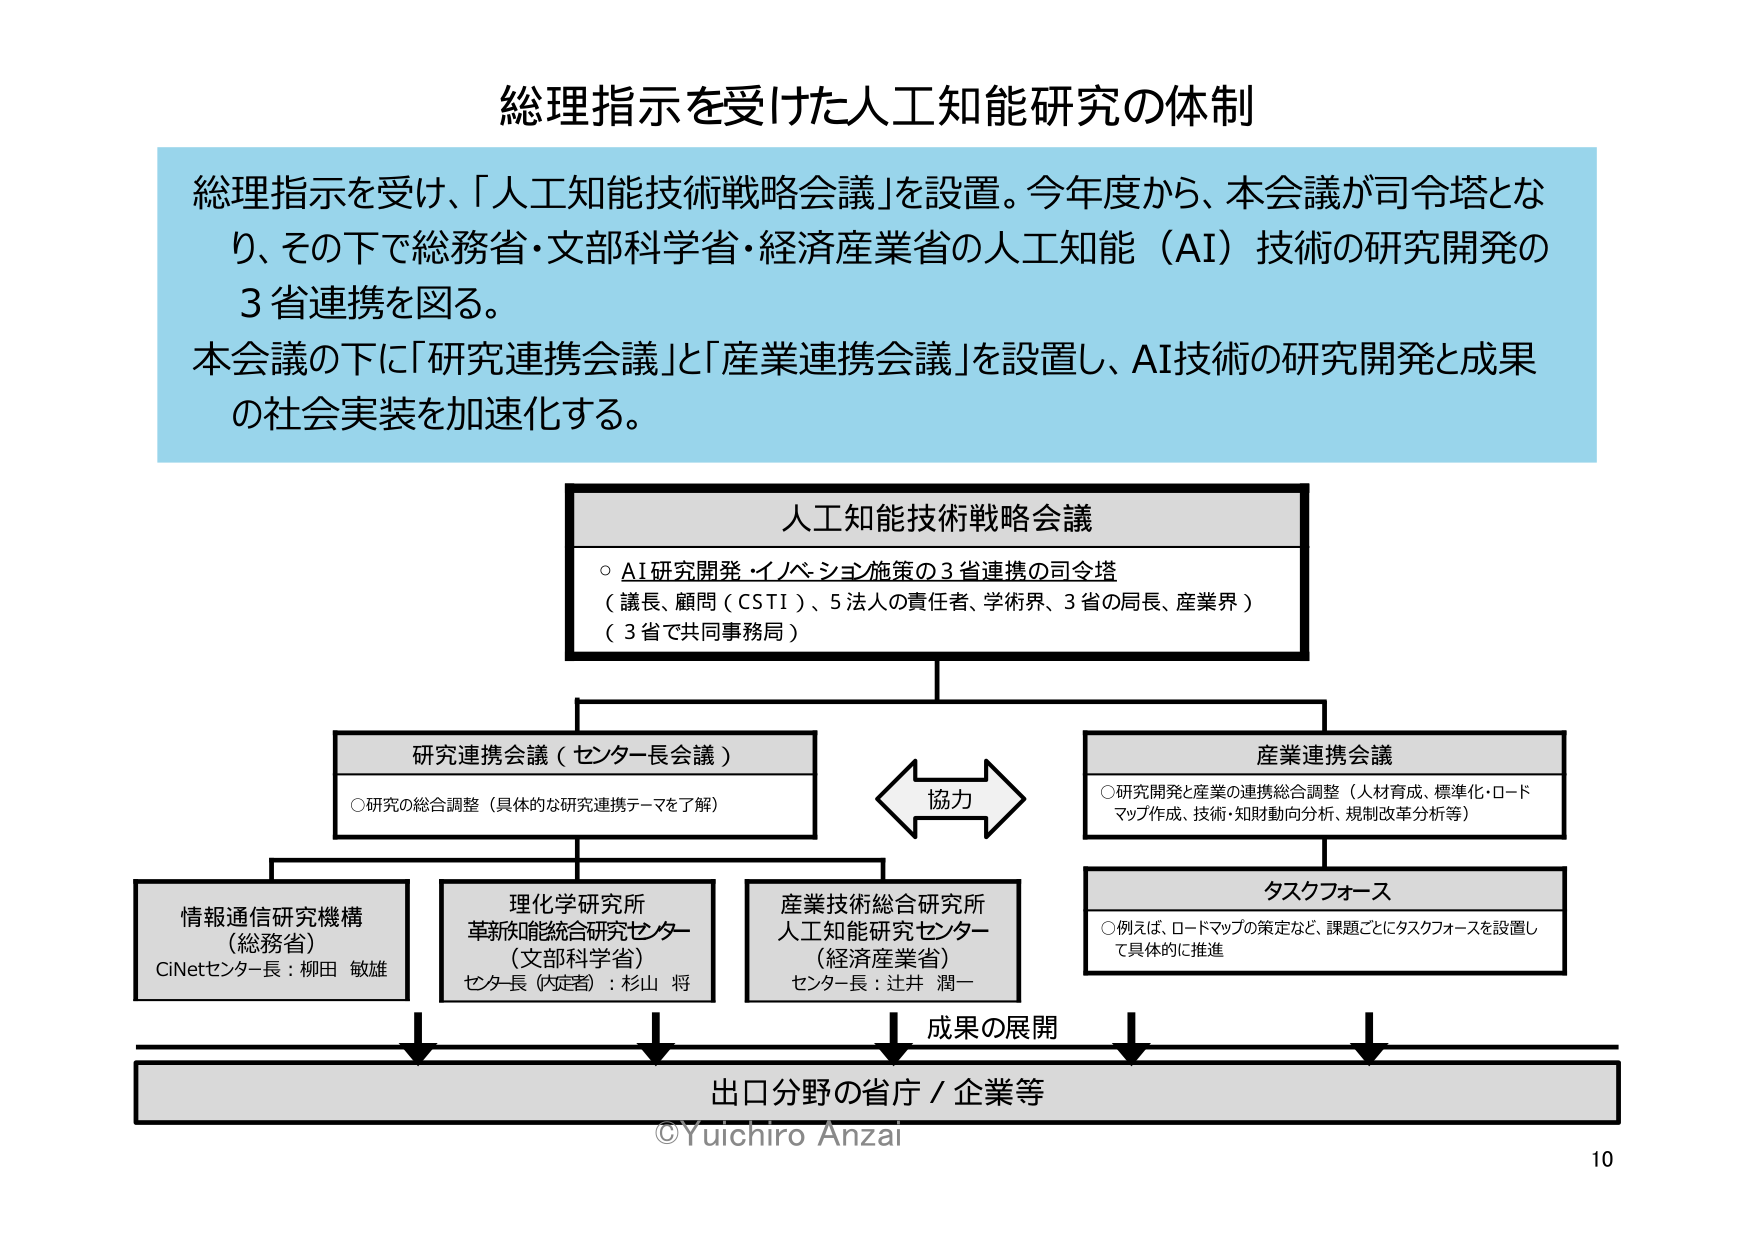
総理指示を受けた人工知能研究の体制

総理指示を受け、「人工知能技術戦略会議」を設置。今年度から、本会議が司令塔となり、その下で総務省・文部科学省・経済産業省の人工知能（AI）技術の研究開発の3省連携を図る。
本会議の下に「研究連携会議」と「産業連携会議」を設置し、AI技術の研究開発と成果の社会実装を加速化する。

人工知能技術戦略会議
○ AI研究開発・イノベーション施策の3省連携の司令塔
（議長、顧問（CSTI）、5法人の責任者、学術界、3省の局長、産業界）
（3省で共同事務局）

研究連携会議（センター長会議）
○研究の総合調整（具体的な研究連携テーマを了解）

情報通信研究機構
（総務省）
CiNetセンター長：柳田 敏雄

理化学研究所
革新知能統合研究センター
（文部科学省）
センター長（内定者）：杉山 将

産業技術総合研究所
人工知能研究センター
（経済産業省）
センター長：辻井 潤一

協力

産業連携会議
○研究開発と産業の連携総合調整（人材育成、標準化・ロードマップ作成、技術・知財動向分析、規制改革分析等）

タスクフォース
○例えば、ロードマップの策定など、課題ごとにタスクフォースを設置して具体的に推進

成果の展開

出口分野の省庁／企業等

©Yuichiro Anzai
10